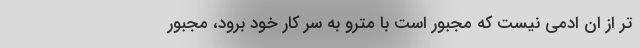
تر از ان ادمی نیست که مجبور است با مترو به سر کار خود برود، مجبور